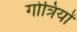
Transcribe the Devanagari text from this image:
गोत्रियों